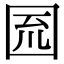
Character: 𡇗